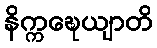
နိက္ကဍ္ဎေယျာတိ